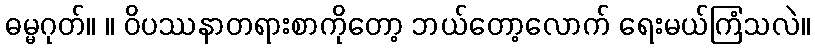
ဓမ္မဂုတ်။ ။ ဝိပဿနာတရားစာကိုတော့ ဘယ်တော့လောက် ရေးမယ်ကြံသလဲ။